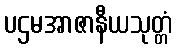
ပဌမအာဇာနီယသုတ္တံ